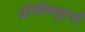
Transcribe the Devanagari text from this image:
प्रॉसीक्यूटर्स